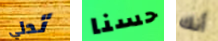
تدلي حسنا أنك